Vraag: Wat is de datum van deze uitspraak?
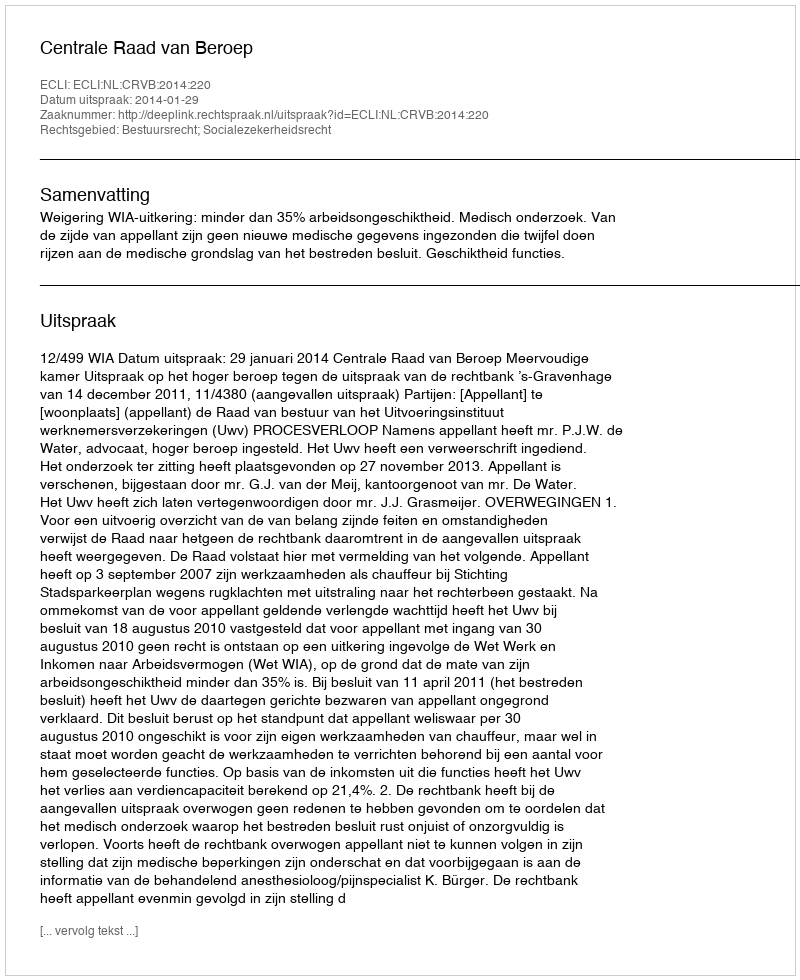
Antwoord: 2014-01-29